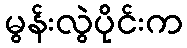
မွန်းလွဲပိုင်းက